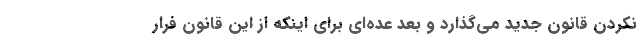
نکردن قانون جدید می‌گذارد و بعد عده‌ای برای اینکه از این قانون فرار